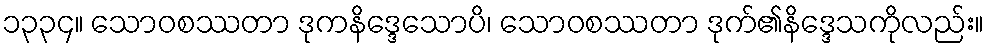
၁၃၃၄။ သောဝစဿတာ ဒုကနိဒ္ဒေသောပိ၊ သောဝစဿတာ ဒုက်၏နိဒ္ဒေသကိုလည်း။